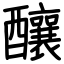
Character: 釀